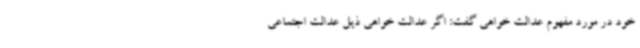
خود در مورد مفهوم عدالت خواهی گفت: اگر عدالت خواهی ذیل عدالت اجتماعی